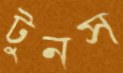
টুনস